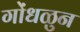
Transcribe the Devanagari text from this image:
गोंधळुन